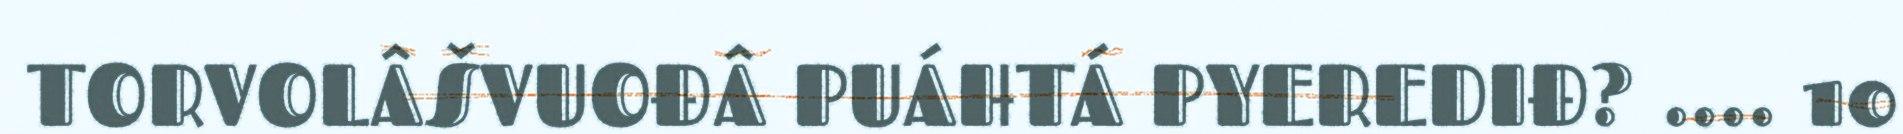
TORVOLÂŠVUOĐÂ PUÁHTÁ PYEREDIĐ? .... 10